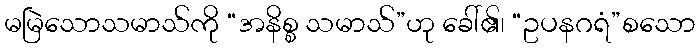
မမြဲသောသမာသ်ကို “အနိစ္စ သမာသ်”ဟု ခေါ်၏၊ “ဥပနဂရံ”စသော